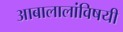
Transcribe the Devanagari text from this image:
आबालालांविषयी